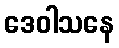
ဒေဝါသနေ